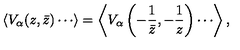
\langle V _ { \alpha } ( z , \bar { z } ) \cdots \rangle = \left\langle V _ { \alpha } \left( - \frac { 1 } { \bar { z } } , - \frac { 1 } { z } \right) \cdots \right\rangle ,